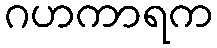
ဂဟကာရက